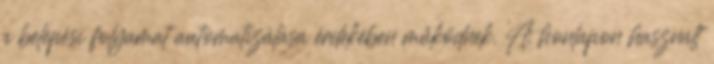
a belépési folyamat automatizálása érdekében működnek. A honlapon használt